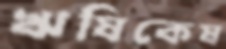
ঋষিকেষ